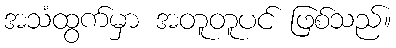
အသံထွက်မှာ အတူတူပင် ဖြစ်သည်။